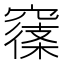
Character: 𥧽